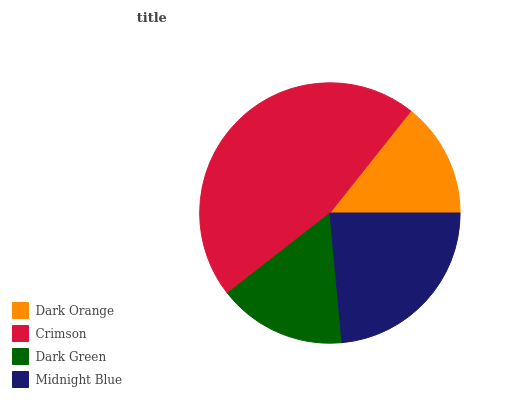
| Dark Orange | Crimson | Dark Green | Midnight Blue |
 | --- | --- | --- | --- |
 | 14.3% | 46.3% | 15.9% | 23.5% |